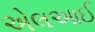
એલઆઈ